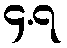
၄.၇